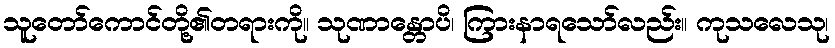
သူတော်ကောင်တို့၏တရားကို။ သုဏာန္တောပိ၊ ကြားနာရသော်လည်း။ ကုသလေသု၊